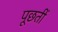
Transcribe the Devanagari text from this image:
पूछतीं